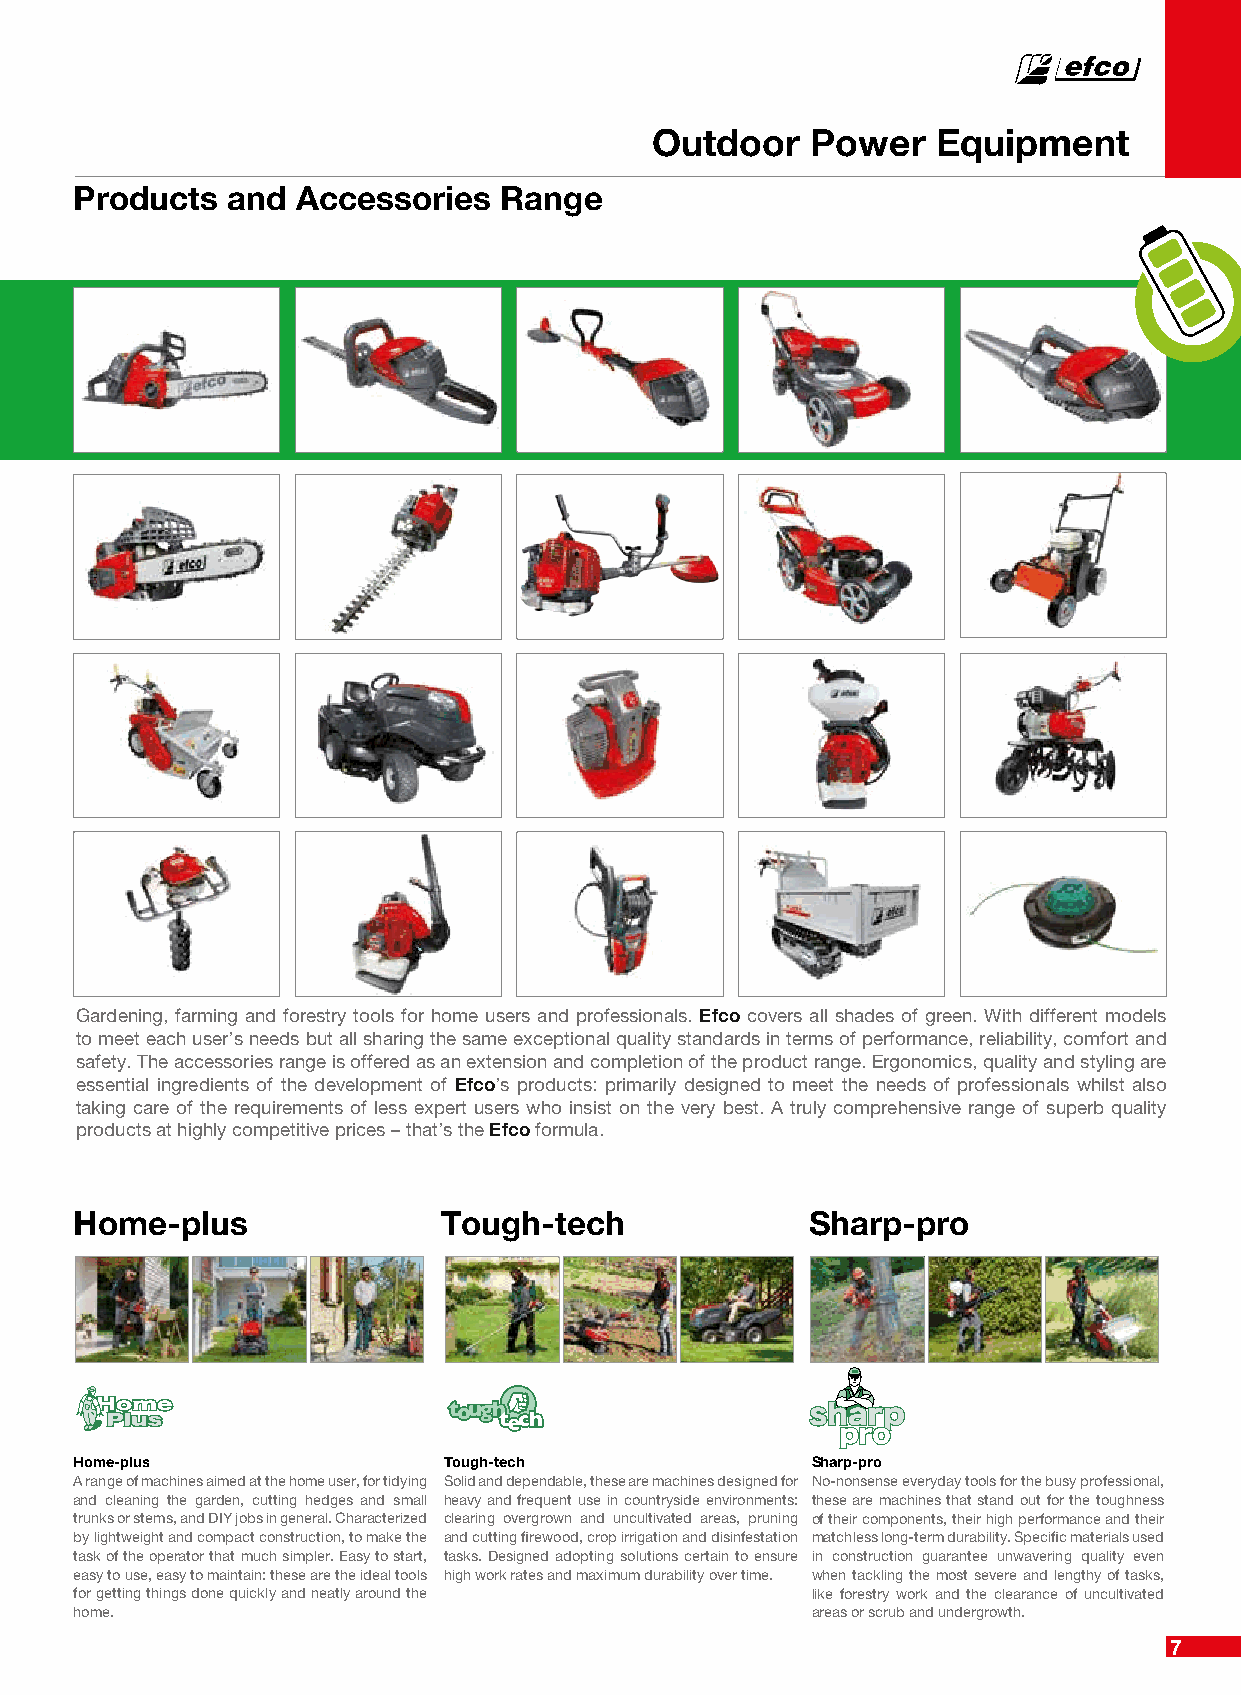
Outdoor    Power   Equipment
 Products  and  Accessories  Range
 Gardening, farming and forestry tools for home users and professionals. Efco covers all shades of green. With different models
 to meet each user’s needs but all sharing the same exceptional quality standards in terms of performance, reliability, comfort and
 safety. The accessories range is offered as an extension and completion of the product range. Ergonomics, quality and styling are
 essential ingredients of the development of Efco’s products: primarily designed to meet the needs of professionals whilst also
 taking care of the requirements of less expert users who insist on the very best. A truly comprehensive range of superb quality
 products at highly competitive prices – that’s the Efco formula.
 Home-plus               Tough-tech              Sharp-pro
 Home-plus               Tough-tech               Sharp-pro
 A range of machines aimed at the home user, for tidying Solid and dependable, these are machines designed for No-nonsense everyday tools for the busy professional,
 and cleaning the garden, cutting hedges and small heavy and frequent use in countryside environments: these are machines that stand out for the toughness
 trunks or stems, and DIY jobs in general. Characterized clearing overgrown and uncultivated areas, pruning of their components, their high performance and their
 by lightweight and compact construction, to make the and cutting firewood, crop irrigation and disinfestation matchless long-term durability. Specific materials used
 task of the operator that much simpler. Easy to start, tasks. Designed adopting solutions certain to ensure in construction guarantee unwavering quality even
 easy to use, easy to maintain: these are the ideal tools high work rates and maximum durability over time. when tackling the most severe and lengthy of tasks,
 for getting things done quickly and neatly around the like forestry work and the clearance of uncultivated
 home.                                            areas or scrub and undergrowth.
 7